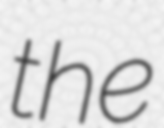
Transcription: the